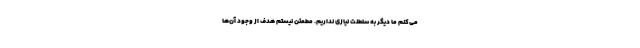
می‌کنم ما دیگر به سلطنت نیازی نداریم. مطمئن نیستم هدف از وجود آن‌ها